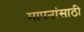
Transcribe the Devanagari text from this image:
मापनांसाठी